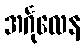
အင်္ဂုလေန